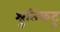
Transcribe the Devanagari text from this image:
श्रुतिकटु